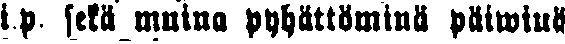
i.p. sekä muina pyhättöminä päiwinä